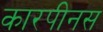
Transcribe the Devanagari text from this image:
कारपीनस